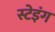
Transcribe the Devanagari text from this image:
स्टेइंग